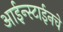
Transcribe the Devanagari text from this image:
आईन्स्टाईनचे